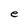
Character: e